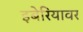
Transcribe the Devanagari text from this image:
इबेरियावर